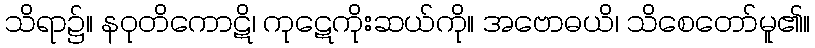
သိရာ၌။ နဝုတိကောဋိ၊ ကုဋေကိုးဆယ်ကို။ အဗောဓယိ၊ သိစေတော်မူ၏။